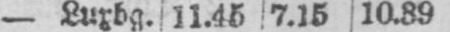
- Luxbg. 11.45 7.15 10.39